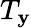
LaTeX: T_{\mathbf{y}}